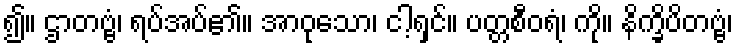
၍။ ဌာတဗ္ဗံ၊ ရပ်အပ်၏။ အာဝုသော၊ ငါ့ရှင်။ ပတ္တစီဝရံ၊ ကို။ နိက္ခိပိတဗ္ဗံ၊